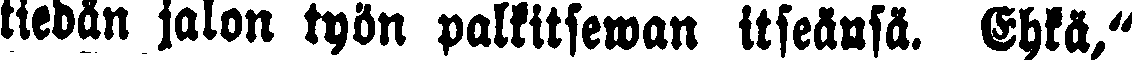
tiedän jalon työn palkitsewan itseänsä. Ehkä,"